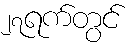
၂၇ရက်တွင်